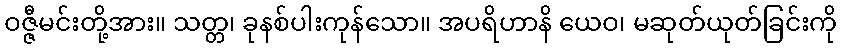
ဝဇ္ဇီမင်းတို့အား။ သတ္တ၊ ခုနစ်ပါးကုန်သော။ အပရိဟာနိ ယေဝ၊ မဆုတ်ယုတ်ခြင်းကို